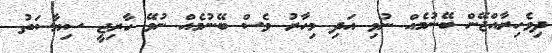
ދިވެހިރާއްޖޭން ބޭނުމެއް ނުވި އަދި މިހާރު ވެސް ބޭނުމެއް ނުވޭ ހާރިޖީ ސިޔާސަތު